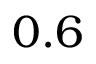
0 . 6